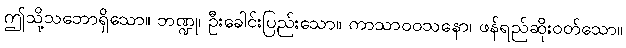
ဤသို့သဘောရှိသော။ ဘဏ္ဍု၊ ဦးခေါင်းပြည်းသော။ ကာသာဝဝသနော၊ ဖန်ရည်ဆိုးဝတ်သော။